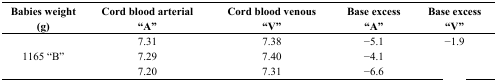
<table><thead><tr><td><b>Babies weight (g)</b></td><td><b>Cord blood arterial “A”</b></td><td><b>Cord blood venous “V”</b></td><td><b>Base excess “A”</b></td><td><b>Base excess “V”</b></td></tr></thead><tbody><tr><td>[EMPTY_CELL]</td><td>7.31</td><td>7.38</td><td>−5.1</td><td>−1.9</td></tr><tr><td>1165 “B”</td><td>7.29</td><td>7.40</td><td>−4.1</td><td>[EMPTY_CELL]</td></tr><tr><td>[EMPTY_CELL]</td><td>7.20</td><td>7.31</td><td>−6.6</td><td>[EMPTY_CELL]</td></tr></tbody></table>